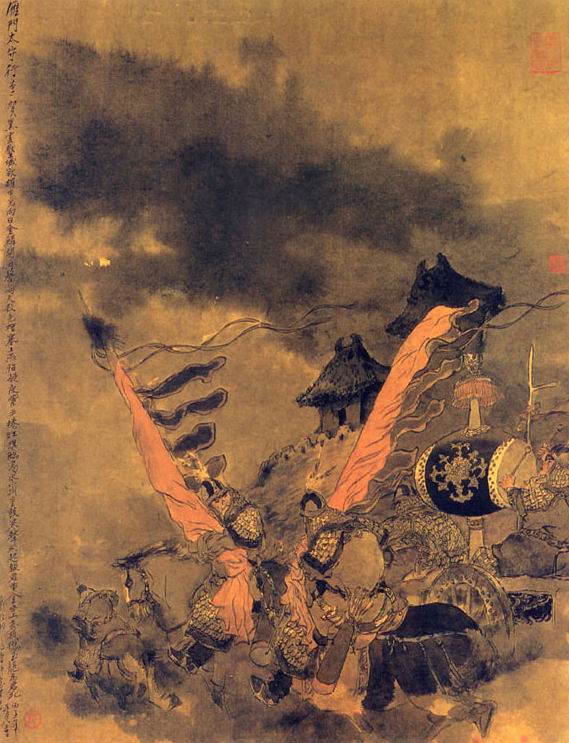
秋风夜渡河，吹却雁门桑。